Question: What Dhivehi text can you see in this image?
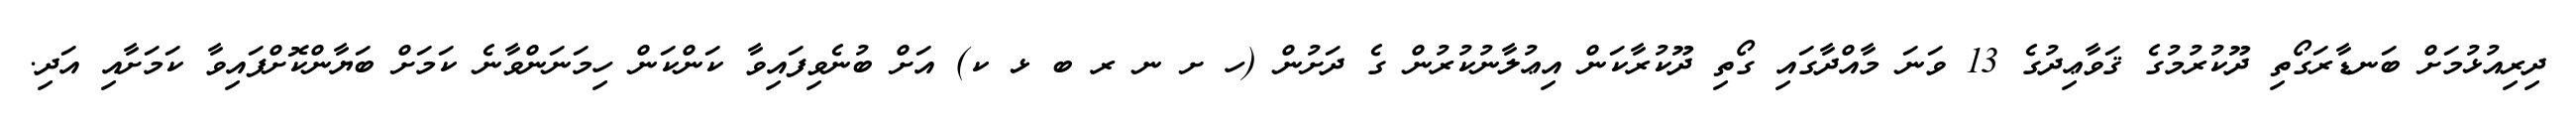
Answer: ދިރިއުޅުމަށް ބަނޑާރަގޯތި ދޫކުރުމުގެ ޤަވާޢިދުގެ 13 ވަނަ މާއްދާގައި ގޯތި ދޫކުރާކަން އިޢުލާނުކުރުން ގެ ދަށުން (ހ ށ ނ ރ ބ ޅ ކ) އަށް ބުނެވިފައިވާ ކަންކަން ހިމަނަންވާނެ ކަމަށް ބަޔާންކޮށްފައިވާ ކަމަށާއި އަދި.